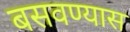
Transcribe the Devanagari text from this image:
बसवण्‍यास